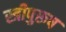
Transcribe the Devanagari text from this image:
स्त्रीपुरूष